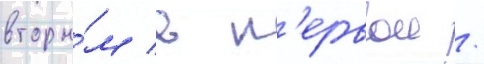
вторы́м в п'ервои /